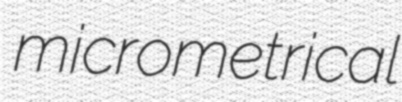
micrometrical